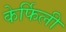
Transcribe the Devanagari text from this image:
केर्फिली